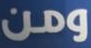
ومن